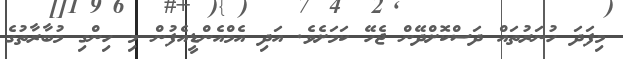
މިފަދަ ހުނަރުތައް ދަސްކޮށްދޭން ޖެހޭ ކަމަށެވެ. އަދި އެމްއެންޑީއެފުން މި ހިންގި މުބާރާތުގެ